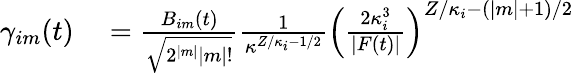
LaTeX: \begin{array}{rl}{\gamma_{im}(t)}&{{}=\frac{B_{im}(t)}{\sqrt{2^{|m|}|m|!}}\frac{1}{\kappa^{Z/\kappa_{i}-1/2}}\left(\frac{2\kappa_{i}^{3}}{|F(t)|}\right)^{Z/\kappa_{i}-(|m|+1)/2}}\end{array}